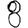
Digit: 8